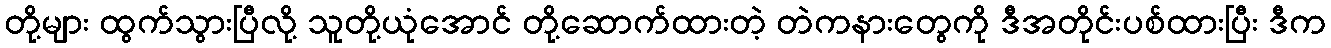
တို့များ ထွက်သွားပြီလို့ သူတို့ယုံအောင် တို့ဆောက်ထားတဲ့ တဲကနားတွေကို ဒီအတိုင်းပစ်ထားပြီး ဒီက